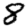
Digit: 8